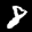
Label: 8